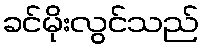
ခင်မိုးလွင်သည်